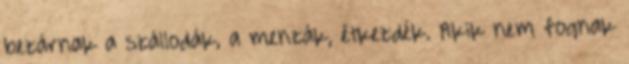
bezárnak a szállodák, a menzák, étkezdék. Akik nem fognak